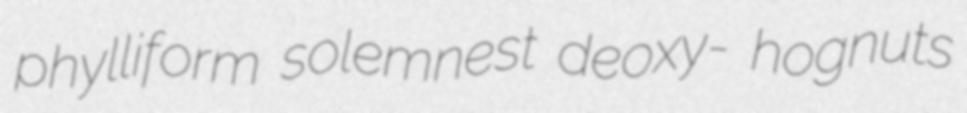
phylliform solemnest deoxy- hognuts